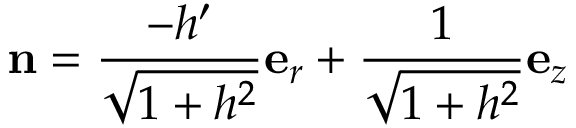
\mathbf { n } = \frac { - h ^ { \prime } } { \sqrt { 1 + h ^ { 2 } } } \mathbf { e } _ { r } + \frac { 1 } { \sqrt { 1 + h ^ { 2 } } } \mathbf { e } _ { z }